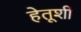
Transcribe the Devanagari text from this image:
हेतूशी